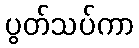
ပွတ်သပ်ကာ